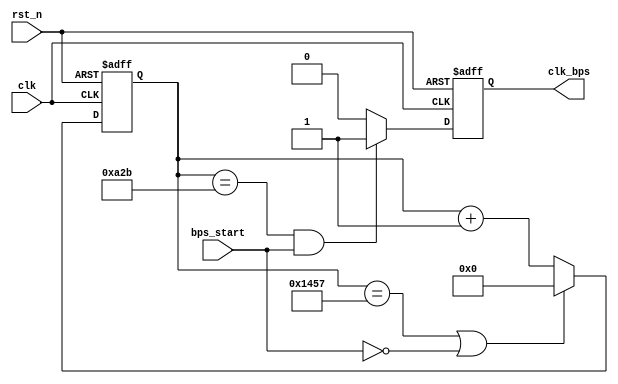
`timescale 1ns / 1ps

module speed_select(
                input wire clk,     // 50 MHz
                input wire rst_n,
                input wire bps_start,
                output wire clk_bps
            );

        /*
        parameter       bps9600      = 5207,    
                        bps19200     = 2603,    
                        bps38400     = 1301,    
                        bps57600     = 867,    
                        bps115200    = 433;    

        parameter       bps9600_2    = 2603,
                        bps19200_2   = 1301,
                        bps38400_2   = 650,
                        bps57600_2   = 433,
                        bps115200_2  = 216;  
        */
            
        `define     BPS_PARA          5207    
        `define     BPS_PARA_2        2603    

        reg[12:0] cnt;            
        reg clk_bps_r;            

        //----------------------------------------------------------
        reg[2:0] uart_ctrl;    
        //----------------------------------------------------------

        assign clk_bps = clk_bps_r;

        always @ (posedge clk or negedge rst_n)
        begin
            if(!rst_n) 
                cnt <= 13'd0;
            else if((cnt == `BPS_PARA) || !bps_start) 
                cnt <= 13'd0;    
            else 
                cnt <= cnt+1'b1;            
        end

        always @ (posedge clk or negedge rst_n)
        begin
            if(!rst_n) 
                clk_bps_r <= 1'b0;             // bps_start
            else if(cnt == `BPS_PARA_2 && bps_start) 
                clk_bps_r <= 1'b1;             // clk_bps_r
            else 
                clk_bps_r <= 1'b0;
        end

endmodule